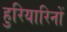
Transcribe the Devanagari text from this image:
हुरियारिनों